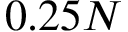
0 . 2 5 N